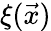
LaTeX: \xi(\vec{x})